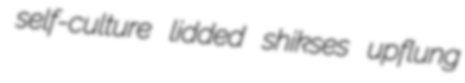
self-culture lidded shikses upflung